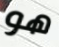
هو